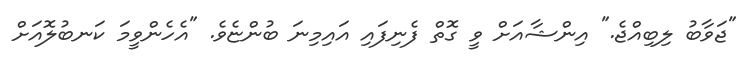
"ޖަވާބު ލިބިއްޖެ." އިންޝާއަށް ވީ ގޮތް ފެނިފައި އައިމިނަ ބުންޏެވެ. "އެހެންވީމަ ކަނބުލޮއަށް